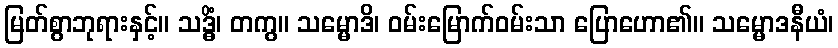
မြတ်စွာဘုရားနှင့်။ သဒ္ဓိံ၊ တကွ။ သမ္မောဒိ၊ ဝမ်းမြောက်ဝမ်းသာ ပြောဟော၏။ သမ္မောဒနီယံ၊